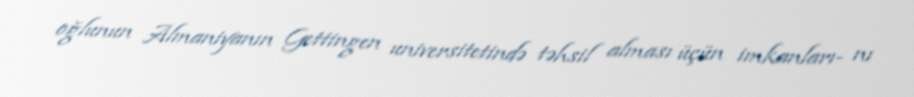
oğlunun Almaniyanın Gettingen universitetində təhsil alması üçün imkanları- nı